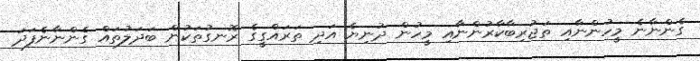
ގެންނާނެ މީހުންނާއި ތަޖުރިބާކާރުންނާއި މީހުން ދުނިޔެ އަދި ތަރައްގީގެ ރޮނގުތަކުން ބަދަލުތައް ގެންނާނެފަދަ